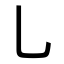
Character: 乚